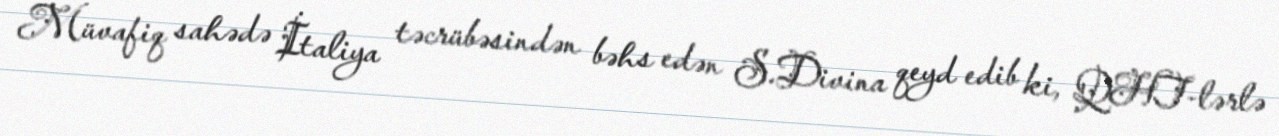
Müvafiq sahədə İtaliya təcrübəsindən bəhs edən S.Divina qeyd edib ki, QHT-lərlə